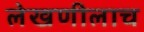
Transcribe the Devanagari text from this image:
लेखणीलाच